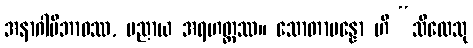
အနာဂါမိဘာဝဿ, ပညာယ အရဟတ္တဿ။ သောတာပန္နော ဟိ “သီလေသု